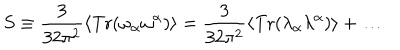
S \equiv \frac { 3 } { 3 2 \pi ^ { 2 } } \langle \mathrm { T r } ( \omega _ { \alpha } \omega ^ { \alpha } ) \rangle = \frac { 3 } { 3 2 \pi ^ { 2 } } \langle \mathrm { T r } ( \lambda _ { \alpha } \lambda ^ { \alpha } ) \rangle + \ldots